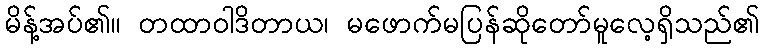
မိန့်အပ်၏။ တထာဝါဒိတာယ၊ မဖောက်မပြန်ဆိုတော်မူလေ့ရှိသည်၏